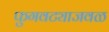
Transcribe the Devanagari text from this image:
फुगवट्याजवळ